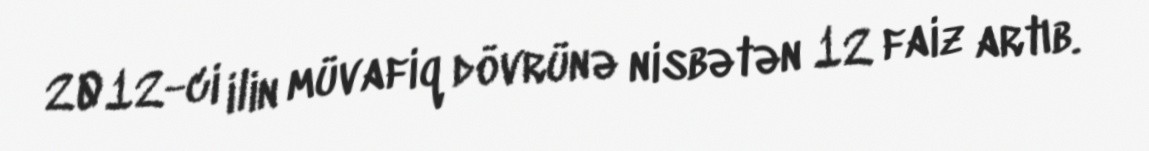
2012-ci ilin müvafiq dövrünə nisbətən 12 faiz artıb.